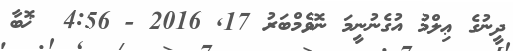
ދީނުގެ ޢިލްމު އުގެނުނީމަ ނޮވެމްބަރު 17